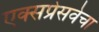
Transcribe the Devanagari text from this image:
एक्सप्रेसवेचा